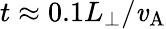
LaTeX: t\approx0.1L_{\perp}/\mathit{v}_{\mathrm{{A}}}